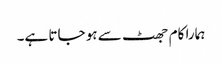
ہمارا کام جھٹ سے ہو جاتا ہے۔